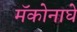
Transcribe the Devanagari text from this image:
मॅकोनाघे